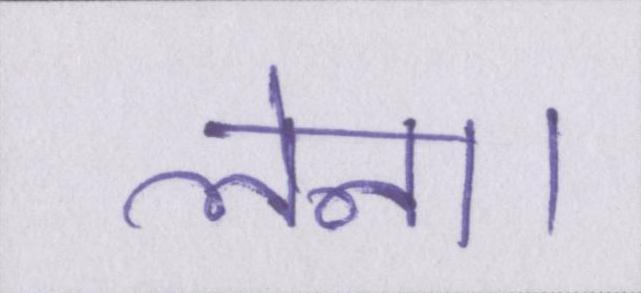
लेना।